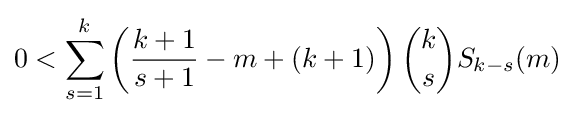
0<\sum _{s=1}^{k}\left({\frac {k+1}{s+1}}-m+(k+1)\right){\binom {k}{s}}S_{k-s}(m)